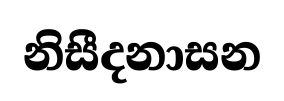
නිසීදනාසන